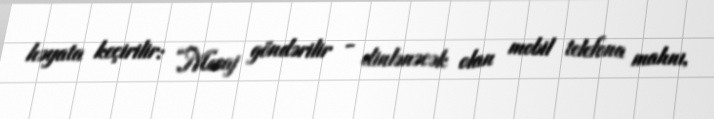
həyata keçirilir: “Mesaj göndərilir - dinlənəcək olan mobil telefona mahnı,